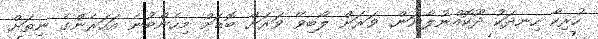
ހުރިހާ ހިނދަކު ދޫކޮއްނުލާނަން